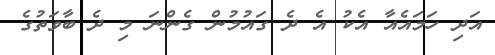
އަދި ހަމައެއާ އެކު އެ ދެ ގައުމުން ގެންނަ މި ދެ ބާވަތުގެ